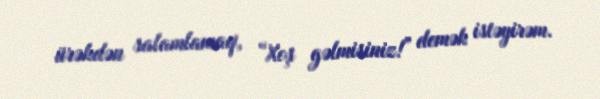
ürəkdən salamlamaq, “Xoş gəlmisiniz!” demək istəyirəm.